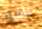
باقية